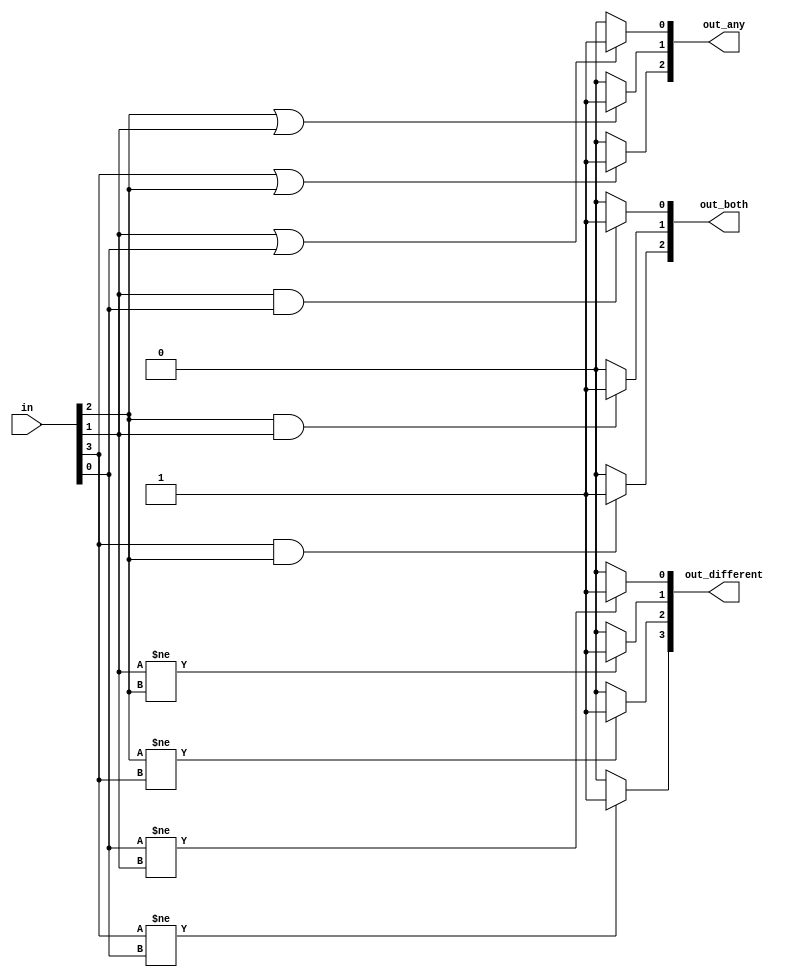
module top_module( 
    input [3:0] in,
    output [2:0] out_both,
    output [3:1] out_any,
    output [3:0] out_different );
    integer i1,i2,i3;
    always@(*)begin
        for(i1=0;i1<3;i1++)
            if(in[i1+1]==1 & in[i1]==1) out_both[i1] = 1'b1;
       		else  out_both[i1] = 1'b0;
    end
    always@(*)begin
        for(i2=1;i2<4;i2++)
            if(in[i2] | in[i2-1]) out_any[i2] = 1'b1;
        	else  out_any[i2] = 1'b0;
    end
    always@(*)begin
        for(i3=0;i3<4;i3++)
            if(i3==3)begin
                if(in[i3] != in[0]) out_different[i3] = 1'b1;
                else out_different[i3] = 1'b0;
            end
        	else if(in[i3] != in[i3+1]) out_different[i3] = 1'b1;
        	else out_different[i3] = 1'b0;
    end   
endmodule